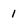
Character: 1